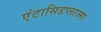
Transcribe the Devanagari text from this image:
एंटासिडप्लाज्मा